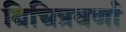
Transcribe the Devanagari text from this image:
बिचित्रवर्णा